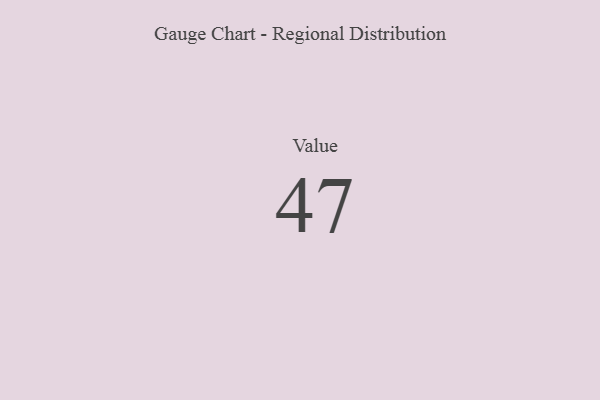
{"axis": {"x": "Metric", "y": "Value"}, "legend": [""], "data": [{"x": "Value", "y": 47, "type": ""}]}